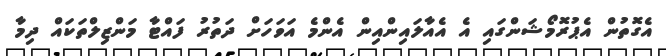
އެގޮތުން އެޕުރޮމޯޝަންގައި އެ އެއާލައިންއިން އެންމެ އަވަހަށް ދަތުރު ފައްޓާ މަންޒިލްތަކައް ދިމާ